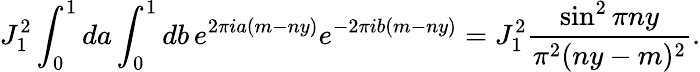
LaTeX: J_{1}^{2}\int_{0}^{1}da\int_{0}^{1}db\, e^{2\pi ia(m-ny)}e^{-2\pi ib(m-ny)}=J_{1}^{2}\frac{\sin^{2}\pi ny}{\pi^{2}(ny-m)^{2}}.